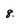
Character: 8